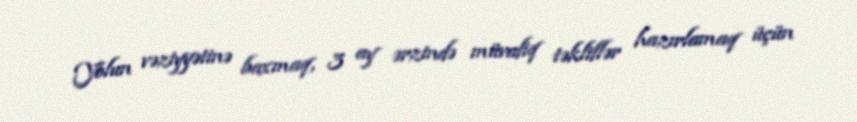
Yolun vəziyyətinə baxmaq, 3 ay ərzində müvafiq təkliflər hazırlamaq üçün